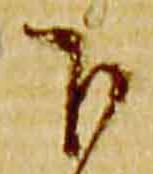
下